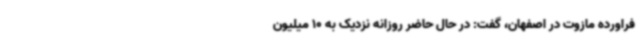
فراورده مازوت در اصفهان، گفت: در حال حاضر روزانه نزدیک به 10 میلیون